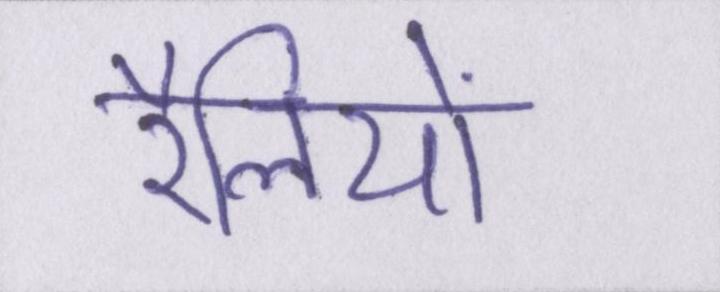
रैलियों